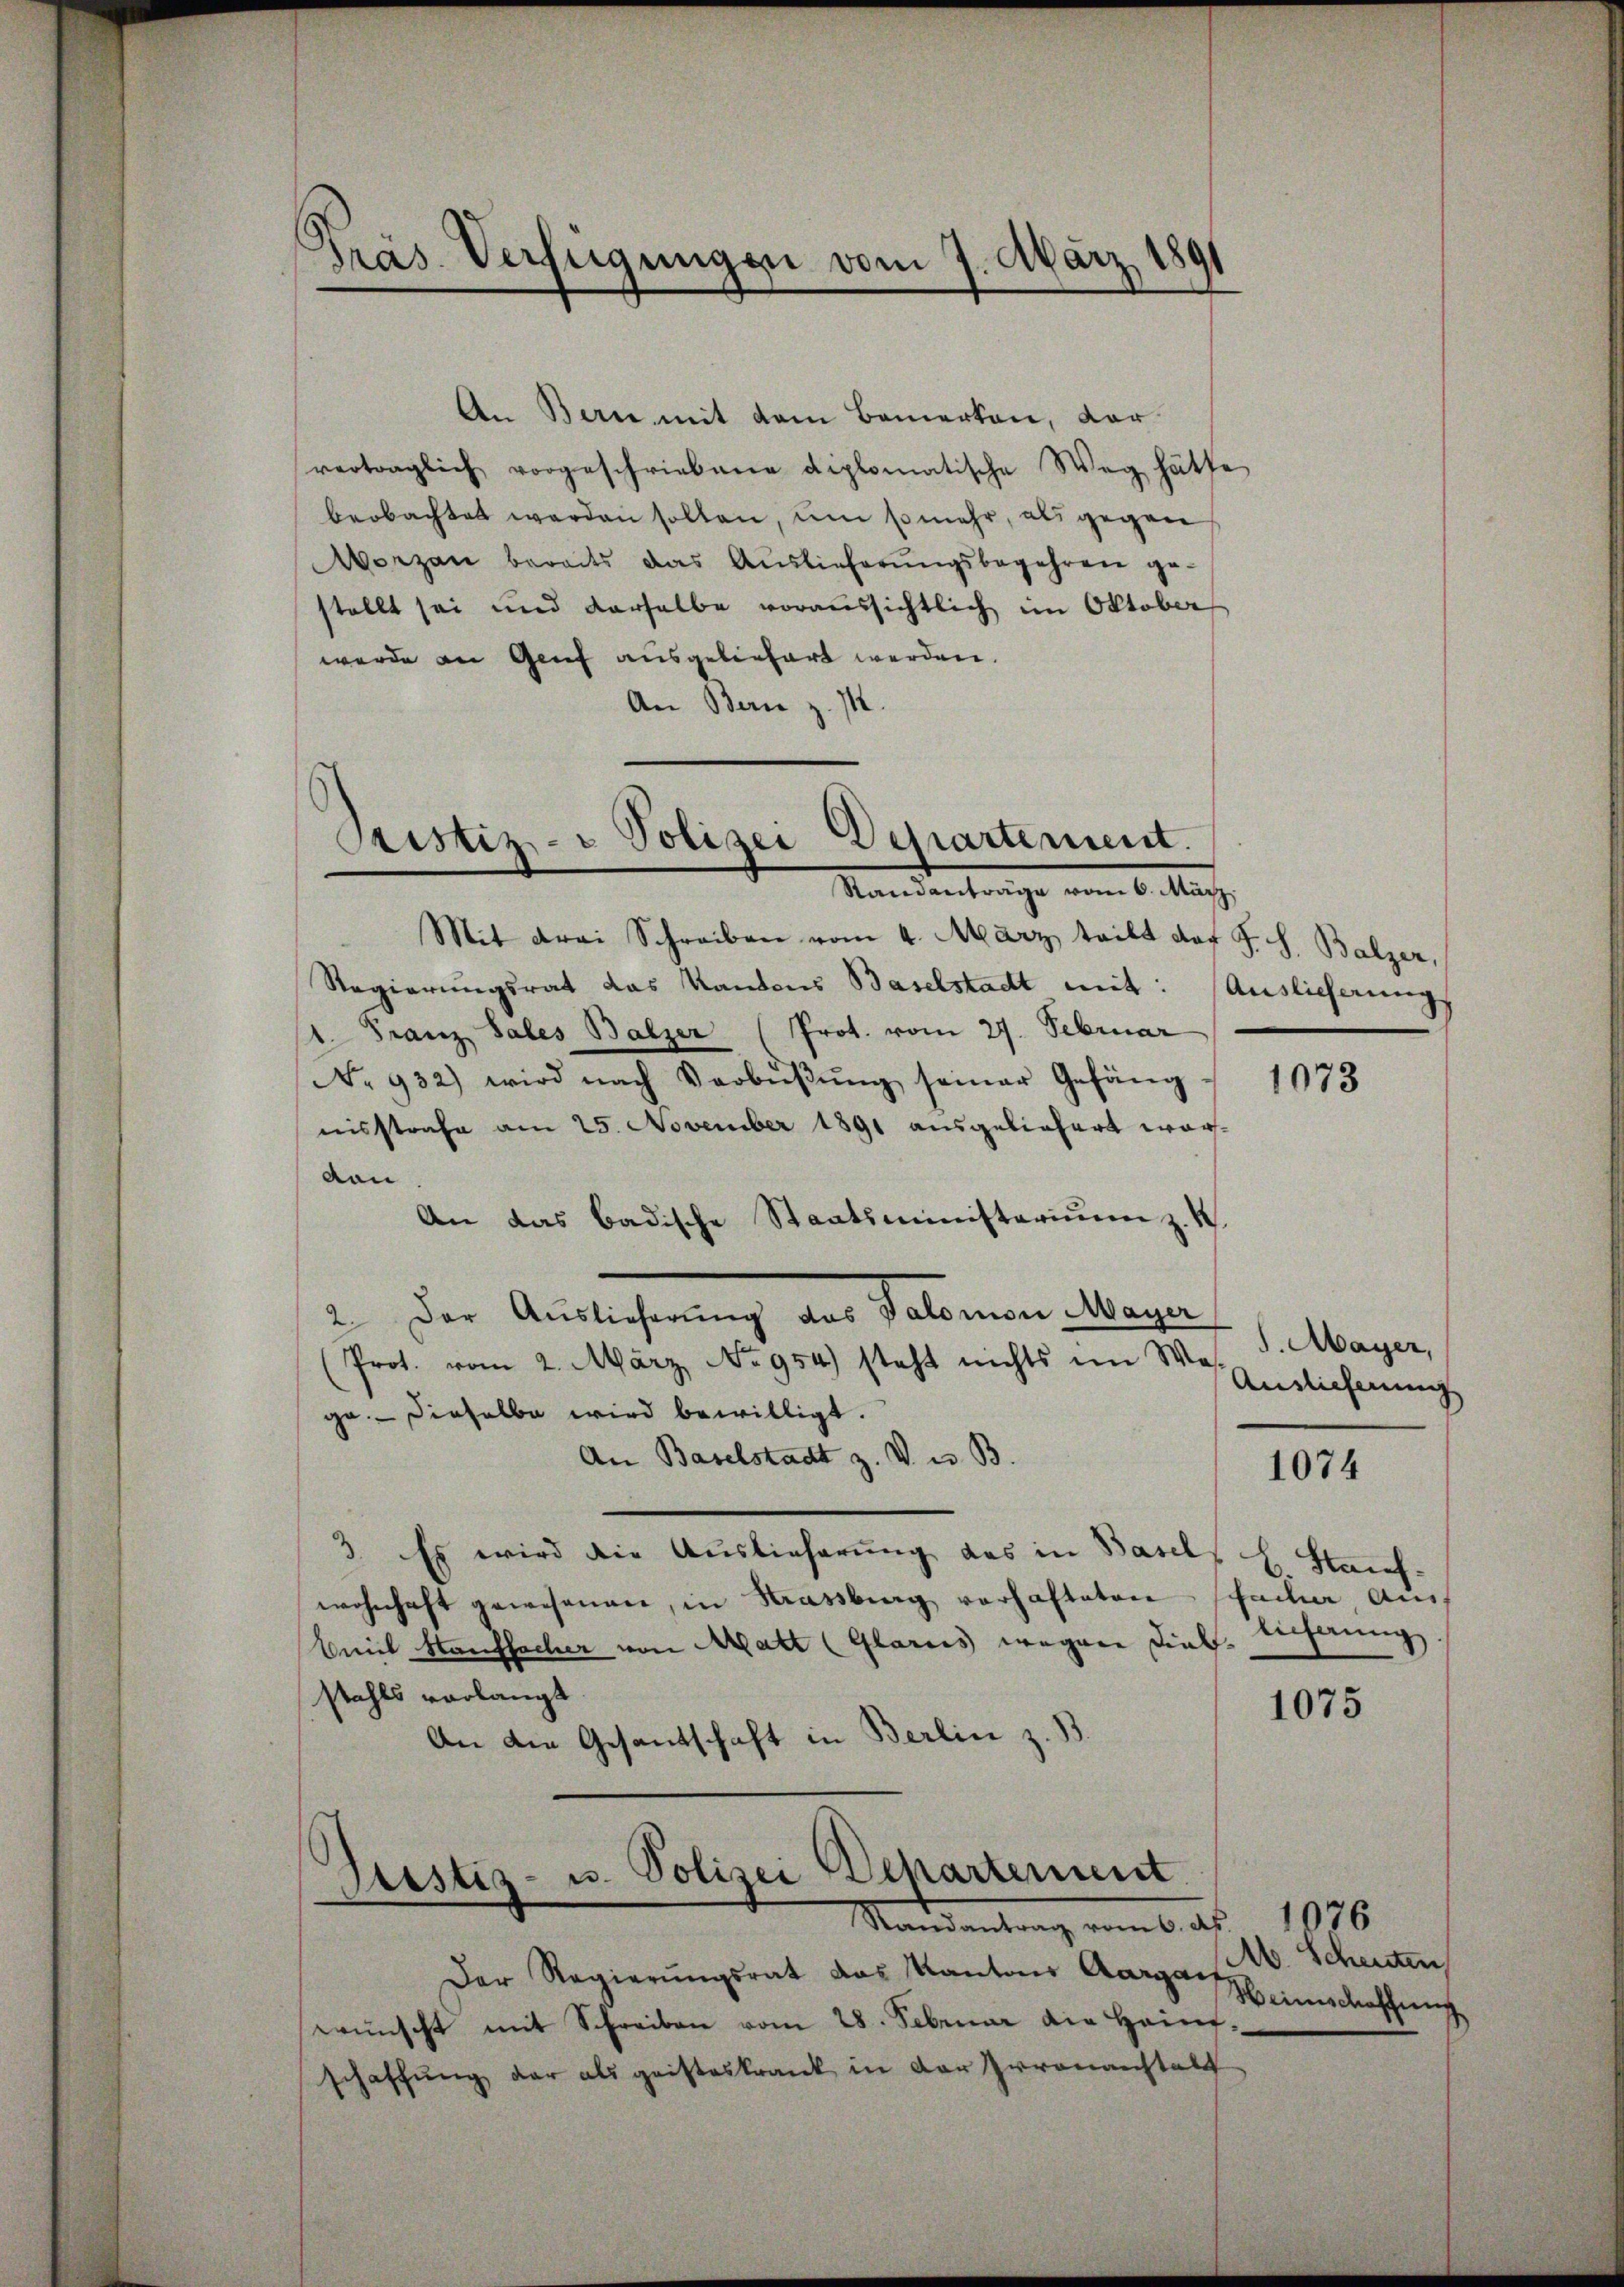
Präs. Verfügungen vom 7. März 1891

An Berne mit dem Bemerken, dar
vertraglich vorgeschriebene diplomatische Weg hätte
beobachtet werden sollen, um so mehr, als gegen
Morzan bereits das Aŭslieferŭngsbegehren ge-
stellt sei und derselbe voraussichtlich im Oktober
wurde an Genf ausgeliefert werden.
An Bern z. M.

Ptistiz- & Polizei Departement.
Standanträge vom 6. März.

Justiz- u. Polizei Departement
Mandantrag vom 6. ds.

Mit drei Schreiben vom 4. März teilt der J. H. Balzer,
Regierungsrat das Kantons Baselstadt mit: Auslieferungs
1. Franz Sales Balzer (Prot. vom 27. Februar
No 932) wird nach Verbŭβŭng seiner Gefäng " 1073
nisstrafe am 25. November 1891 ausgeliefert worvon
An das badische Staatsministerium z. K.
2. Der Auslicherung des Salomon Magen
S. Mayer,
(Prot. vom 2. März, No 954) steht nichts im Was
Auslieferung
ge. Dieselbe wird bewilligt.
An Baselstadt z. V. u. B.
1074
3. Es wird die Auslieferung das in Basels E. Stauf-
wohnhaft gewesenen, in Strassburg vorhafteten facher Aus-
Emil Hanffacher von Matt (Glarus wegen dial-Verfang.
stahls verlangt
1075
An die Gesantschaft in Berlin z. B.

Der Regierungsrat das Kantons Aargart,
wünscht mit Schreiben vom 28. Februar die Hein-
schaffŭng der als geisteskrank in der Irrenanstalt

1076
16. Scheuten,
Heimschaffung